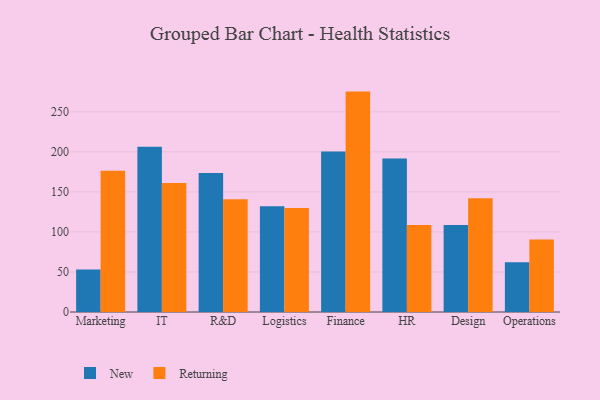
{"axis": {"x": "Department", "y": "Waste Production (Tons)"}, "legend": ["New", "Returning"], "data": [{"x": "Marketing", "y": 53.2, "type": "New"}, {"x": "Marketing", "y": 176.4, "type": "Returning"}, {"x": "IT", "y": 206.5, "type": "New"}, {"x": "IT", "y": 161.1, "type": "Returning"}, {"x": "R&D", "y": 173.5, "type": "New"}, {"x": "R&D", "y": 140.7, "type": "Returning"}, {"x": "Logistics", "y": 132.1, "type": "New"}, {"x": "Logistics", "y": 129.9, "type": "Returning"}, {"x": "Finance", "y": 200.4, "type": "New"}, {"x": "Finance", "y": 275.3, "type": "Returning"}, {"x": "HR", "y": 191.8, "type": "New"}, {"x": "HR", "y": 108.7, "type": "Returning"}, {"x": "Design", "y": 108.8, "type": "New"}, {"x": "Design", "y": 142.0, "type": "Returning"}, {"x": "Operations", "y": 62.2, "type": "New"}, {"x": "Operations", "y": 90.5, "type": "Returning"}]}